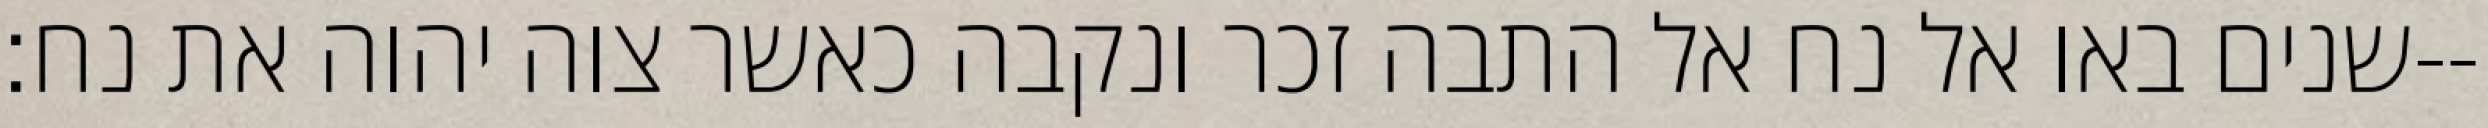
שנים באו אל נח אל התבה זכר ונקבה כאשר צוה יהוה את נח׃--